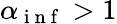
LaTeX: \alpha_{\mathrm{~i~n~f~}}>1